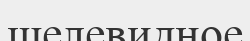
щелевидное